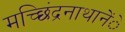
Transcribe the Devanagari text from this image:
मच्छिंद्रनाथानेेंे